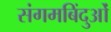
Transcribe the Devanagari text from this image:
संगमबिंदुओं